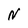
Character: N